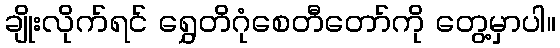
ချိုးလိုက်ရင် ရွှေတိဂုံစေတီတော်ကို တွေ့မှာပါ။